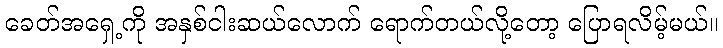
ခေတ်အရှေ့ကို အနှစ်ငါးဆယ်လောက် ရောက်တယ်လို့တော့ ပြောရလိမ့်မယ်။